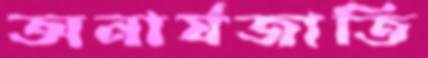
অনার্যজাতি